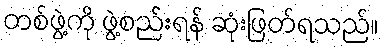
တစ်ဖွဲ့ကို ဖွဲ့စည်းရန် ဆုံးဖြတ်ရသည်။